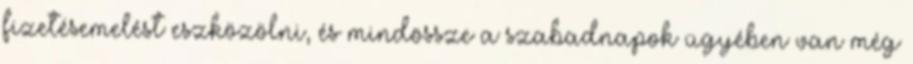
fizetésemelést eszközölni, és mindössze a szabadnapok ügyében van még